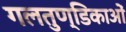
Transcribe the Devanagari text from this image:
गलतुण्डिकाओं